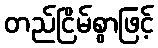
တည်ငြိမ်စွာဖြင့်